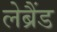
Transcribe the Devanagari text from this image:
लेब्रैंड